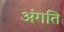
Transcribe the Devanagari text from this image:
अंगति